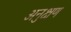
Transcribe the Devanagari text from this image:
अनुक्षण